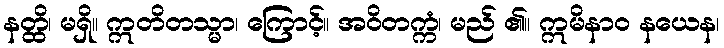
နတ္ထိ၊ မရှိ။ ဣတိတသ္မာ၊ ကြောင့်။ အဝိတက္ကံ၊ မည် ၏။ ဣမိနာဝ နယေန၊